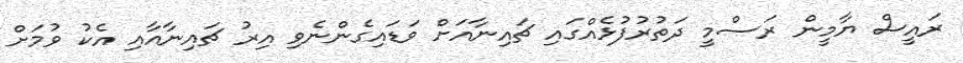
ރައީސް ޔާމީން ރަސްމީ ދަތުރުފުޅެއްގައި ޗައިނާއަށް ވަޑައިގެންނެވި އިރު ޗައިނާއާއި އެކު ވުމަށް